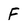
Character: F